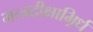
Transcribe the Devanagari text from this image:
मन्त्रदीक्षाभिर्र्ध